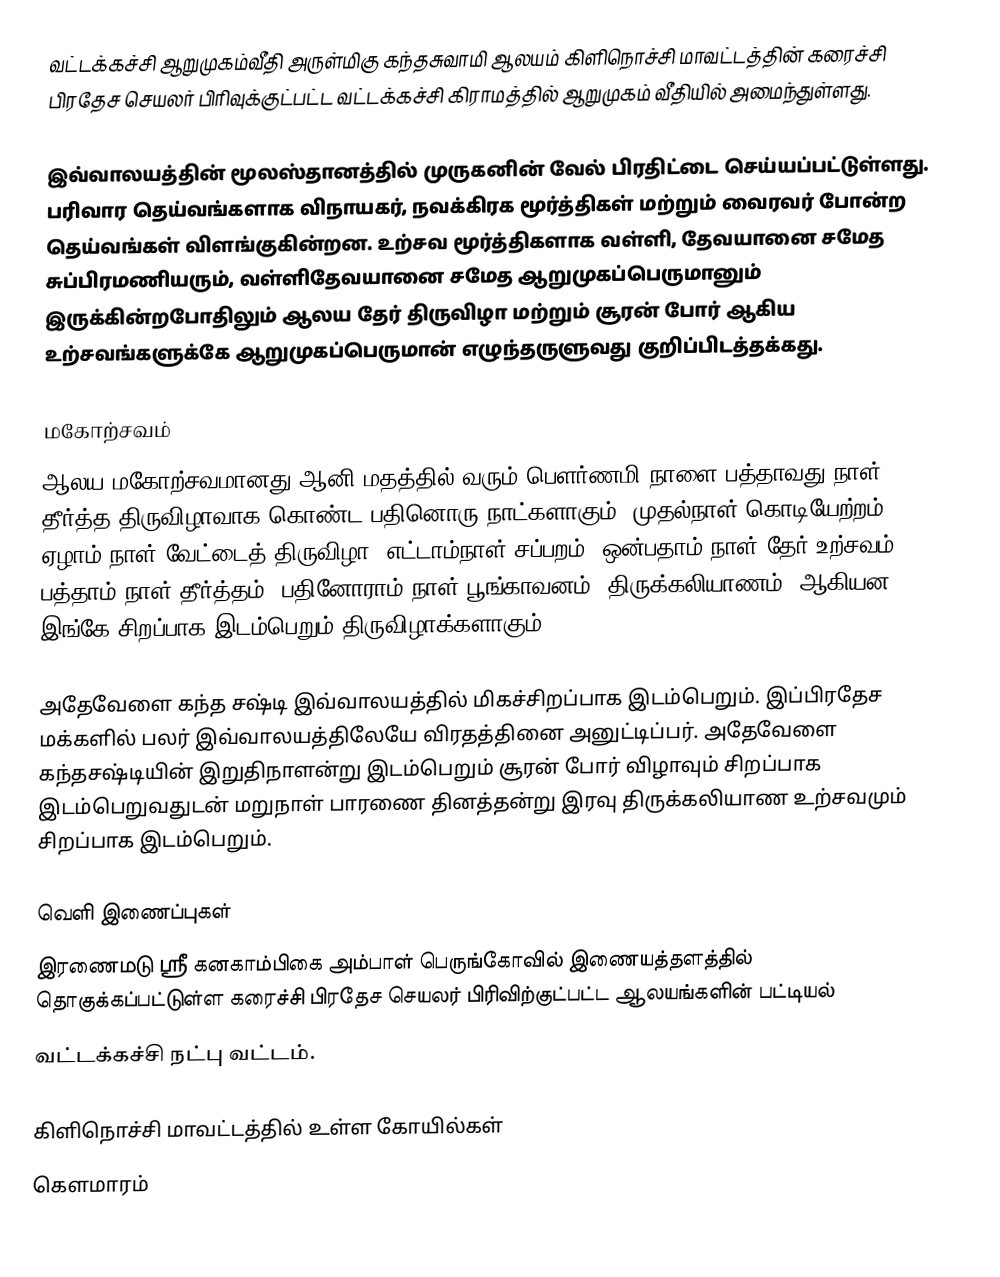
வட்டக்கச்சி ஆறுமுகம்வீதி அருள்மிகு கந்தசுவாமி ஆலயம் கிளிநொச்சி மாவட்டத்தின் கரைச்சி பிரதேச செயலர் பிரிவுக்குட்பட்ட வட்டக்கச்சி கிராமத்தில் ஆறுமுகம் வீதியில் அமைந்துள்ளது.

இவ்வாலயத்தின் மூலஸ்தானத்தில் முருகனின் வேல் பிரதிட்டை செய்யப்பட்டுள்ளது. பரிவார தெய்வங்களாக விநாயகர், நவக்கிரக மூர்த்திகள் மற்றும் வைரவர் போன்ற தெய்வங்கள் விளங்குகின்றன. உற்சவ மூர்த்திகளாக வள்ளி, தேவயானை சமேத சுப்பிரமணியரும், வள்ளிதேவயானை சமேத ஆறுமுகப்பெருமானும் இருக்கின்றபோதிலும் ஆலய தேர் திருவிழா மற்றும் சூரன் போர் ஆகிய உற்சவங்களுக்கே ஆறுமுகப்பெருமான் எழுந்தருளுவது குறிப்பிடத்தக்கது.

மகோற்சவம்
ஆலய மகோற்சவமானது ஆனி மதத்தில் வரும் பௌர்ணமி நாளை பத்தாவது நாள் தீர்த்த திருவிழாவாக கொண்ட பதினொரு நாட்களாகும். முதல்நாள் கொடியேற்றம், ஏழாம் நாள் வேட்டைத் திருவிழா, எட்டாம்நாள் சப்பறம், ஒன்பதாம் நாள் தேர் உற்சவம், பத்தாம் நாள் தீர்த்தம், பதினோராம் நாள் பூங்காவனம் (திருக்கலியாணம்) ஆகியன இங்கே சிறப்பாக இடம்பெறும் திருவிழாக்களாகும்.

அதேவேளை கந்த சஷ்டி இவ்வாலயத்தில் மிகச்சிறப்பாக இடம்பெறும். இப்பிரதேச மக்களில் பலர் இவ்வாலயத்திலேயே  விரதத்தினை அனுட்டிப்பர். அதேவேளை  கந்தசஷ்டியின்  இறுதிநாளன்று இடம்பெறும் சூரன் போர் விழாவும் சிறப்பாக இடம்பெறுவதுடன் மறுநாள் பாரணை தினத்தன்று இரவு திருக்கலியாண உற்சவமும் சிறப்பாக இடம்பெறும்.

வெளி இணைப்புகள்
 இரணைமடு ஸ்ரீ கனகாம்பிகை அம்பாள் பெருங்கோவில் இணையத்தளத்தில் தொகுக்கப்பட்டுள்ள கரைச்சி  பிரதேச செயலர் பிரிவிற்குட்பட்ட  ஆலயங்களின் பட்டியல்
 வட்டக்கச்சி நட்பு வட்டம்.

கிளிநொச்சி மாவட்டத்தில் உள்ள கோயில்கள்
கௌமாரம்